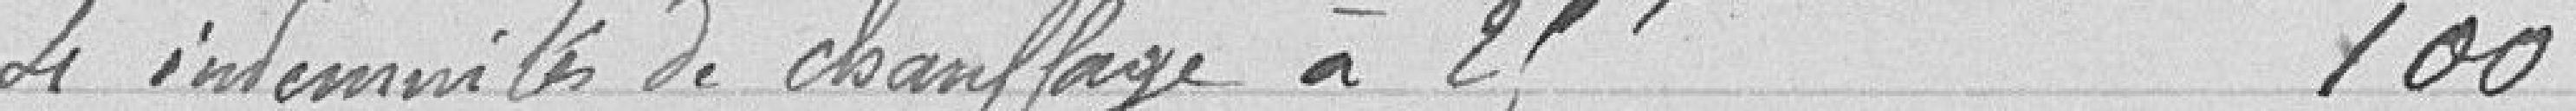
4 indemnités de chauffage à 25 f 100